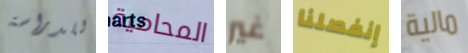
للدراسة المحامية غير إنفصلنا مالية